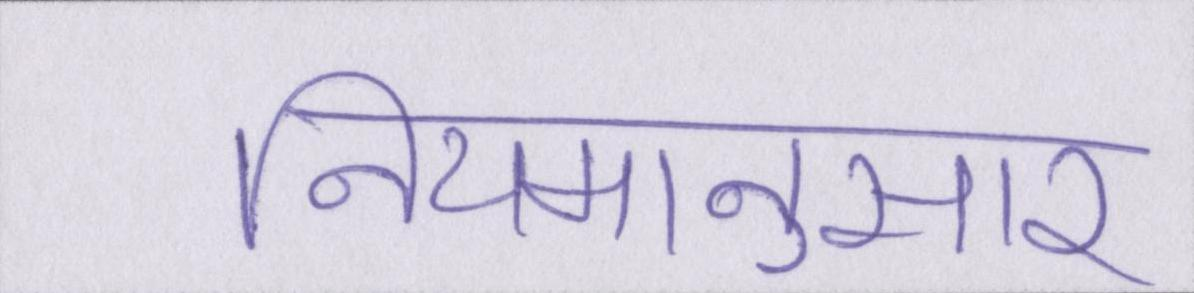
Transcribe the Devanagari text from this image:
नियमानुसार